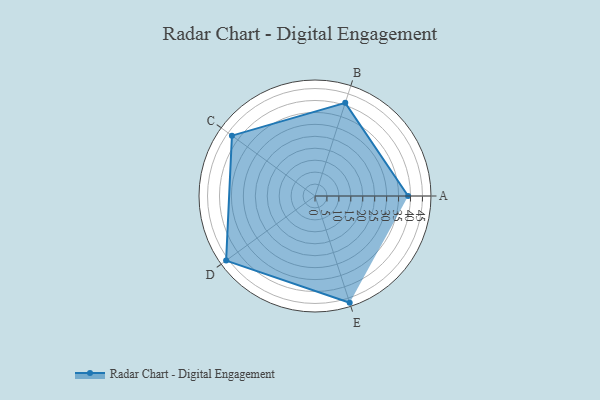
{"axis": {"x": "Skill", "y": "Score"}, "legend": ["Profile"], "data": [{"x": "A", "y": 39.0, "type": "Profile"}, {"x": "B", "y": 41.0, "type": "Profile"}, {"x": "C", "y": 43.0, "type": "Profile"}, {"x": "D", "y": 46.0, "type": "Profile"}, {"x": "E", "y": 47.0, "type": "Profile"}]}